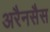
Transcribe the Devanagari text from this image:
अरैनसैस